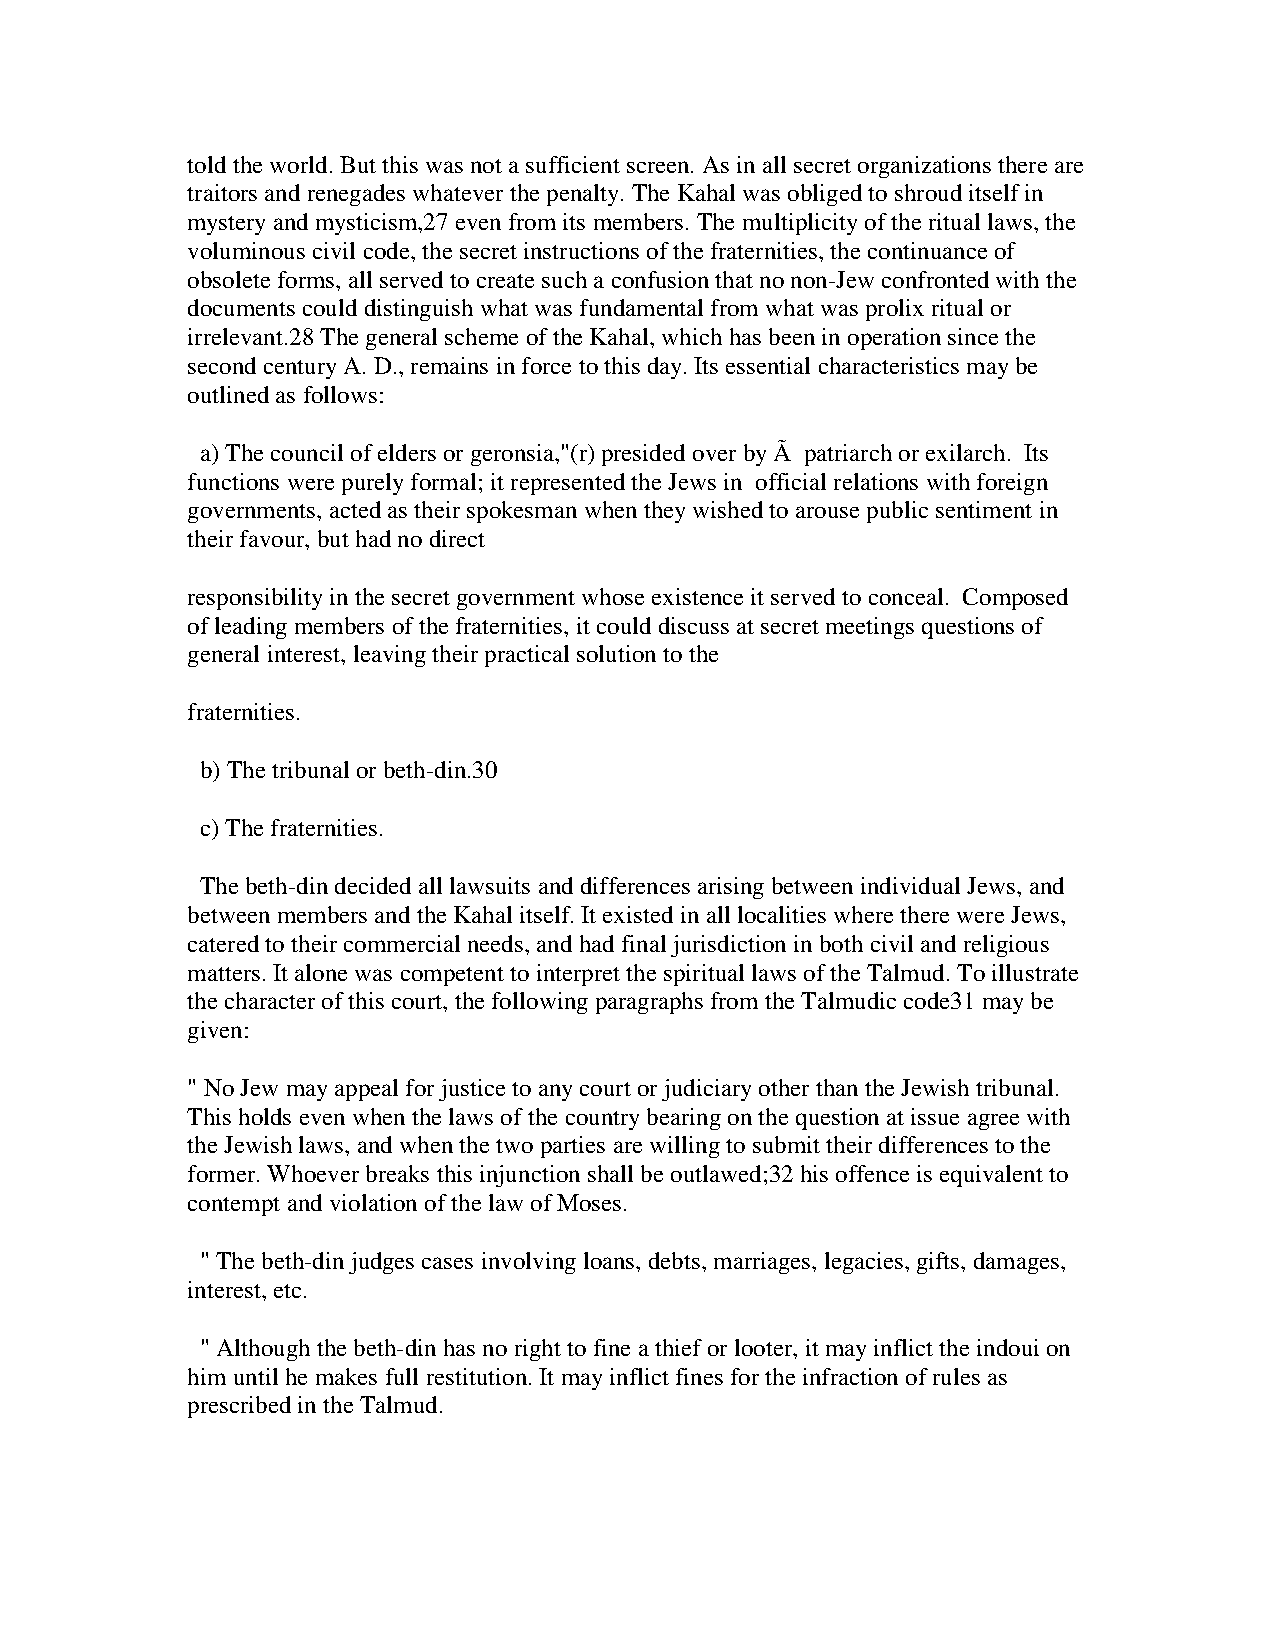
told the world. But this was not a sufficient screen. As in all secret organizations there are
 traitors and renegades whatever the penalty. The Kahal was obliged to shroud itself in
 mystery and mysticism,27 even from its members. The multiplicity of the ritual laws, the
 voluminous civil code, the secret instructions of the fraternities, the continuance of
 obsolete forms, all served to create such a confusion that no non-Jew confronted with the
 documents could distinguish what was fundamental from what was prolix ritual or
 irrelevant.28 The general scheme of the Kahal, which has been in operation since the
 second century A. D., remains in force to this day. Its essential characteristics may be
 outlined as follows:
 a) The council of elders or geronsia,"(r) presided over by Ã patriarch or exilarch. Its
 functions were purely formal; it represented the Jews in official relations with foreign
 governments, acted as their spokesman when they wished to arouse public sentiment in
 their favour, but had no direct
 responsibility in the secret government whose existence it served to conceal. Composed
 of leading members of the fraternities, it could discuss at secret meetings questions of
 general interest, leaving their practical solution to the
 fraternities.
 b) The tribunal or beth-din.30
 c) The fraternities.
 The beth-din decided all lawsuits and differences arising between individual Jews, and
 between members and the Kahal itself. It existed in all localities where there were Jews,
 catered to their commercial needs, and had final jurisdiction in both civil and religious
 matters. It alone was competent to interpret the spiritual laws of the Talmud. To illustrate
 the character of this court, the following paragraphs from the Talmudic code31 may be
 given:
 " No Jew may appeal for justice to any court or judiciary other than the Jewish tribunal.
 This holds even when the laws of the country bearing on the question at issue agree with
 the Jewish laws, and when the two parties are willing to submit their differences to the
 former. Whoever breaks this injunction shall be outlawed;32 his offence is equivalent to
 contempt and violation of the law of Moses.
 " The beth-din judges cases involving loans, debts, marriages, legacies, gifts, damages,
 interest, etc.
 " Although the beth-din has no right to fine a thief or looter, it may inflict the indoui on
 him until he makes full restitution. It may inflict fines for the infraction of rules as
 prescribed in the Talmud.